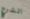
الشرج